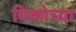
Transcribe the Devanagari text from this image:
विकोच्या